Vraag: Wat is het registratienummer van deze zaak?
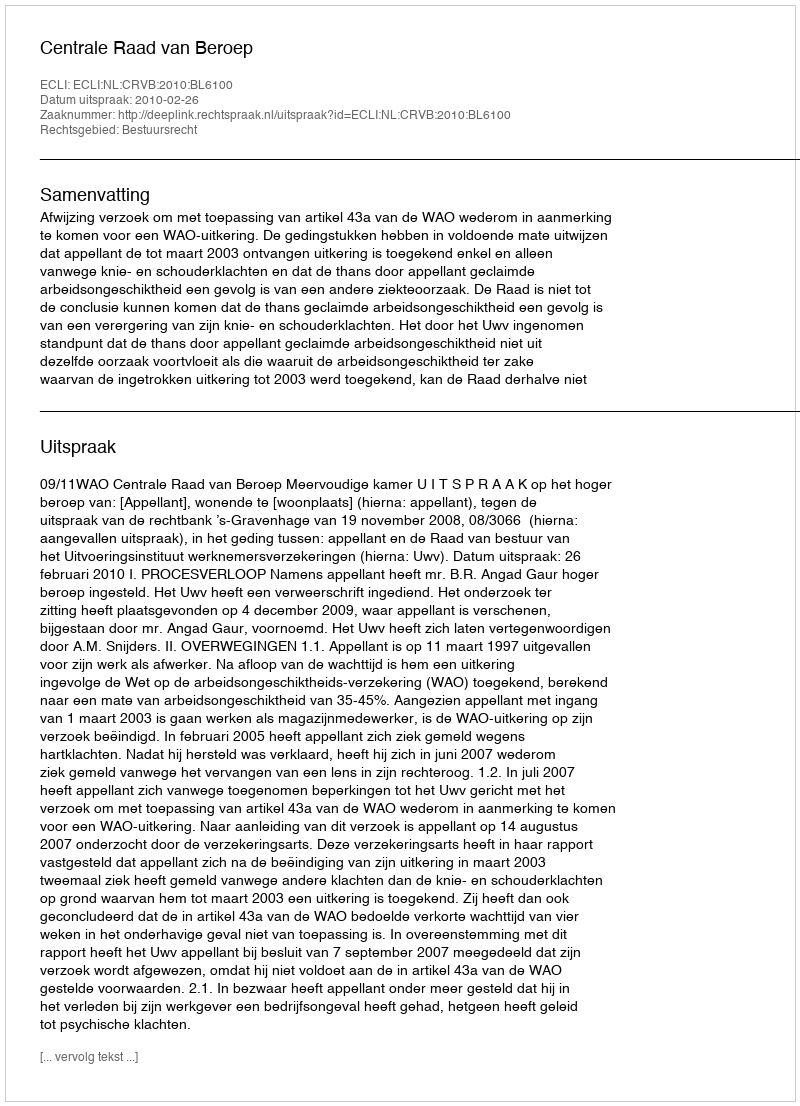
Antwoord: http://deeplink.rechtspraak.nl/uitspraak?id=ECLI:NL:CRVB:2010:BL6100